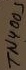
Text: TN4005